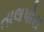
તાલપોરા